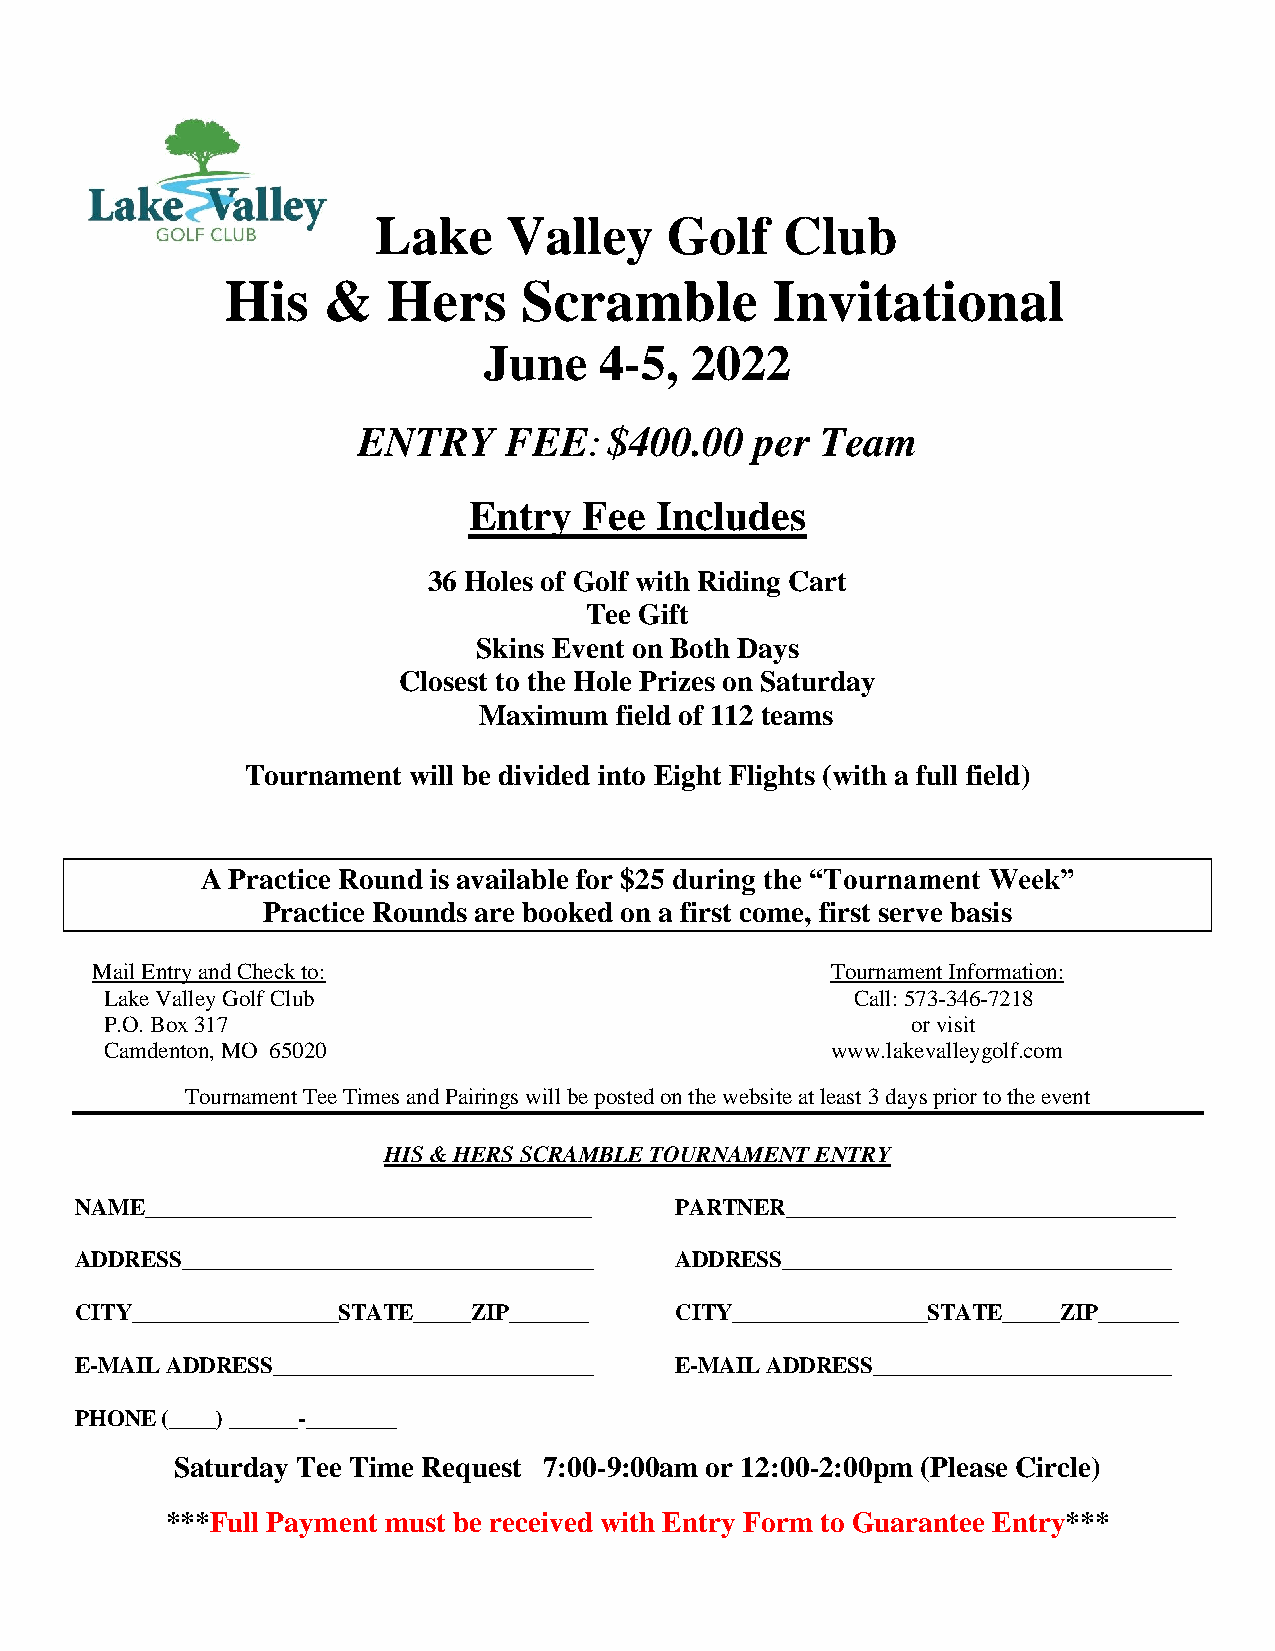
Lake     Valley    Golf    Club
 His   &    Hers     Scramble        Invitational
 June    4-5,  2022
 ENTRY    FEE:$400.00      per Team
 Entry   Fee Includes
 36 Holes of Golf with Riding Cart
 Tee Gift
 Skins Event on Both Days
 Closest to the Hole Prizes on Saturday
 Maximum  field of 112 teams
 Tournament will be divided into Eight Flights (with a full field)
 A Practice Round is available for $25 during the “Tournament Week”
 Practice Rounds are booked on a first come, first serve basis
 Mail Entry and Check to:                         Tournament Information:
 Lake Valley Golf Club                             Call: 573-346-7218
 P.O. Box 317                                         or visit
 Camdenton, MO 65020                             www.lakevalleygolf.com
 Tournament Tee Times and Pairings will be posted on the website at least 3 days prior to the event
 HIS & HERS SCRAMBLE TOURNAMENT ENTRY
 NAME_______________________________________ PARTNER__________________________________
 ADDRESS____________________________________ ADDRESS__________________________________
 CITY__________________STATE_____ZIP_______ CITY_________________STATE_____ZIP_______
 E-MAIL ADDRESS____________________________ E-MAIL ADDRESS__________________________
 PHONE (____) ______-________
 Saturday Tee Time Request 7:00-9:00am or 12:00-2:00pm (Please Circle)
 ***Full Payment must be received with Entry Form to Guarantee Entry***